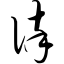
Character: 谇